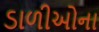
ડાળીઓના